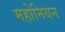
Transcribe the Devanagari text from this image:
महोनियन